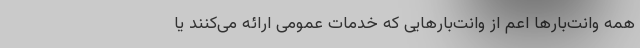
همه وانت‌بارها اعم از وانت‌بارهایی که خدمات عمومی ارائه می‌کنند یا